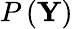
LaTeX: P\left(\mathbf{Y}\right)